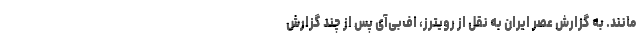
مانند. به گزارش عصر ایران به نقل از رویترز، اف‌بی‌آی پس از چند گزارش